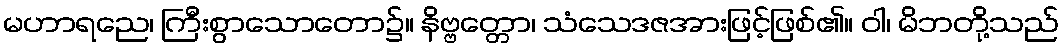
မဟာရညေ၊ ကြီးစွာသောတော၌။ နိဗ္ဗတ္တော၊ သံသေဒဇအားဖြင့်ဖြစ်၏။ ဝါ၊ မိဘတို့သည်